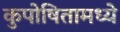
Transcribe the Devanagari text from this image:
कुपोषितामध्ये